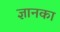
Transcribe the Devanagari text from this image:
ज्ञानका